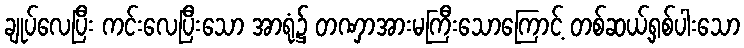
ချုပ်လေပြီး ကင်းလေပြီးသော အာရုံ၌ တဏှာအားမကြီးသောကြောင့် တစ်ဆယ့်ရှစ်ပါးသော